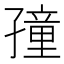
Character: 𡦜